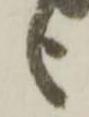
之